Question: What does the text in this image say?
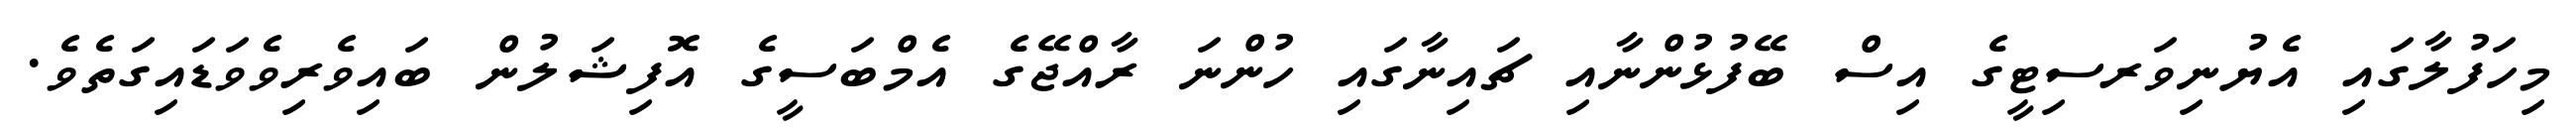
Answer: މިހަފުލާގައި އެޔުނިވަރސިޓީގެ އިސް ބޭފުޅުންނާއި ޗައިނާގައި ހުންނަ ރާއްޖޭގެ އެމްބަސީގެ އޮފިޝަލުން ބައިވެރިވެވަޑައިގަތެވެ.